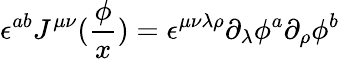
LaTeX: \epsilon^{ab}J^{\mu\nu}(\frac\phi x)=\epsilon^{\mu\nu\lambda\rho}\partial_{\lambda}\phi^{a}\partial_{\rho}\phi^{b}